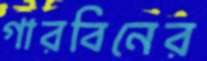
গারবিনের